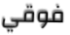
فوقي